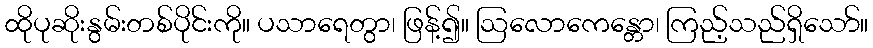
ထိုပုဆိုးနွမ်းတစ်ပိုင်းကို။ ပသာရေတွာ၊ ဖြန့်၍။ ဩလောကေန္တော၊ ကြည့်သည်ရှိသော်။